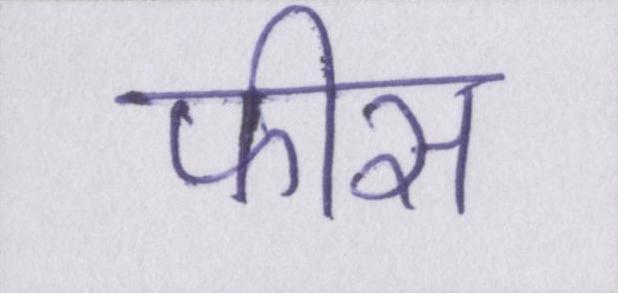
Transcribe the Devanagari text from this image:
फीस